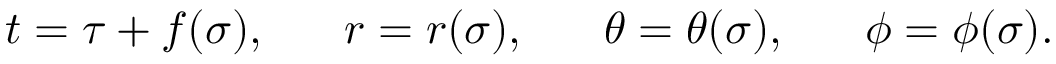
t = \tau + f ( \sigma ) , \; \; \; \; \; \; r = r ( \sigma ) , \; \; \; \; \; \; \theta = \theta ( \sigma ) , \; \; \; \; \; \; \phi = \phi ( \sigma ) .